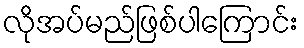
လိုအပ်မည်ဖြစ်ပါကြောင်း